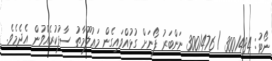
ނޯޓު: 3001484 / 3001476 ނަންބަރު ފޯނަށް ގުޅުއްވައިގެން މަޢުލޫމާތު ސާފުކުރެއްވުން އެދެމެވެ.